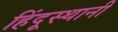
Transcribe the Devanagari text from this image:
हिंदूस्थानी